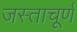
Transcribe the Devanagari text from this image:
जस्ताचूर्ण